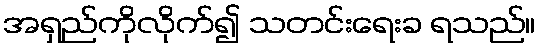
အရှည်ကိုလိုက်၍ သတင်းရေးခ ရသည်။